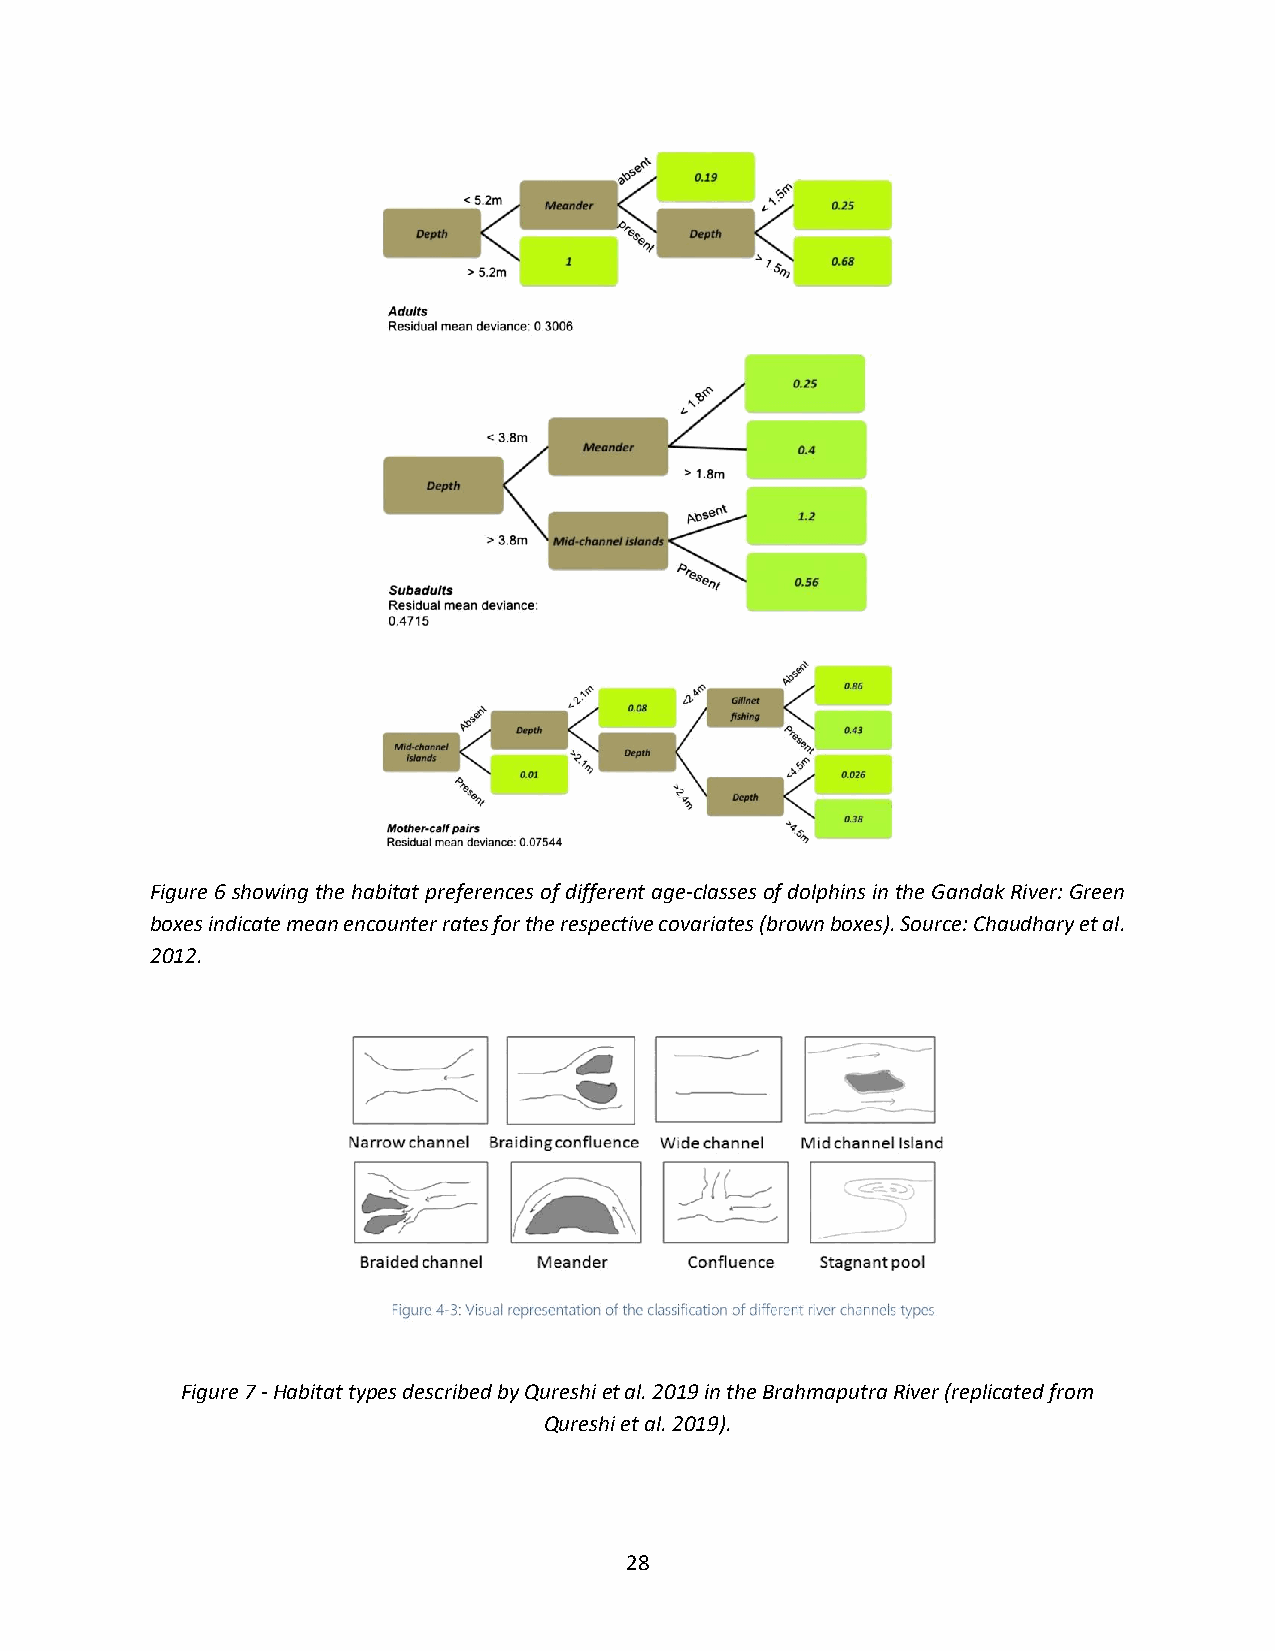
Figure 6 showing the habitat preferences of different age-classes of dolphins in the Gandak River: Green
 boxes indicate mean encounter rates for the respective covariates (brown boxes). Source: Chaudhary et al.
 2012.
 Figure 7 - Habitat types described by Qureshi et al. 2019 in the Brahmaputra River (replicated from
 Qureshi et al. 2019).
 28